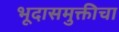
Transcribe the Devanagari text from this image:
भूदासमुक्तीचा